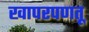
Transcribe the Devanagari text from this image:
खापरपणतू